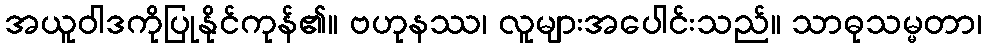
အယူဝါဒကိုပြုနိုင်ကုန်၏။ ဗဟုနဿ၊ လူများအပေါင်းသည်။ သာဓုသမ္မတာ၊